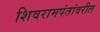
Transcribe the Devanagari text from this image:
शिवरामपंतांवरील